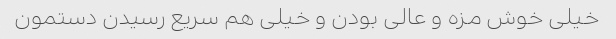
خیلی خوش مزه و عالی بودن و خیلی هم سریع رسیدن دستمون